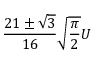
\frac { 2 1 \pm \sqrt { 3 } } { 1 6 } \sqrt { \frac { \pi } { 2 } } U